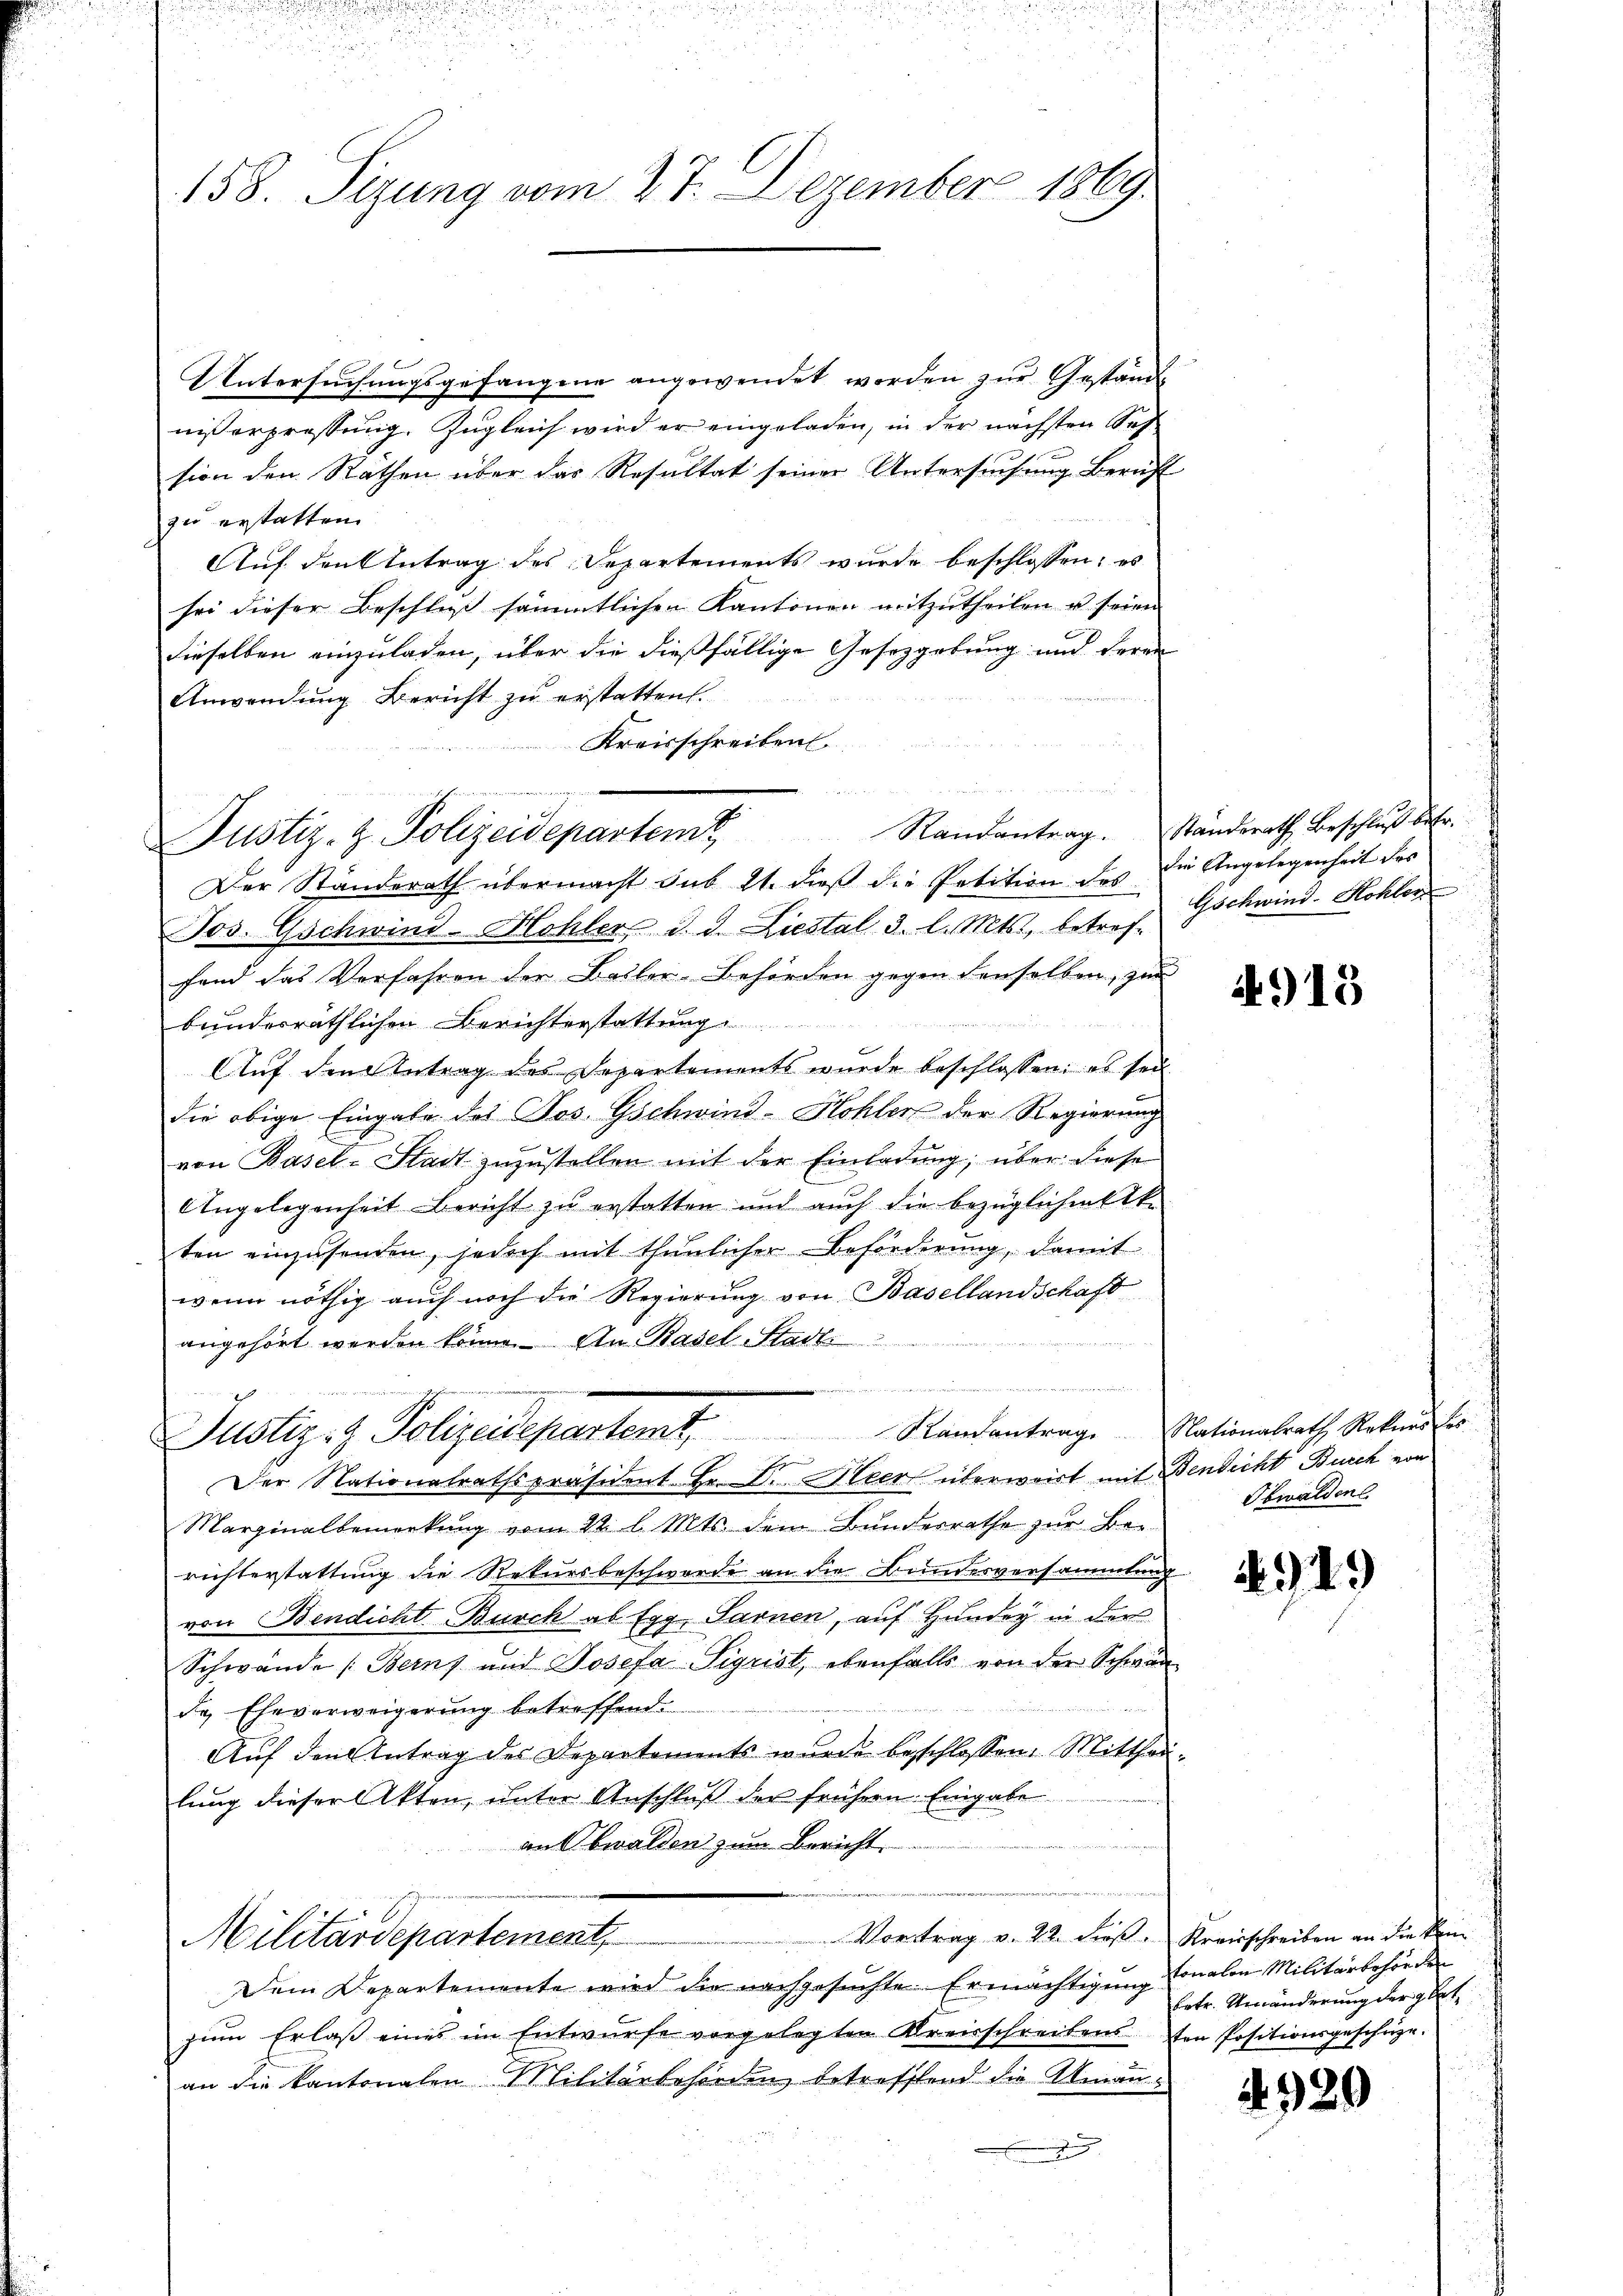
158. Sizung vom 27. Dezember 1869

Untersuchungsgefangene angewendet worden zur Gestand
nisserpressung. Zugleich wird er eingeladen, in der nächsten Soh
sion den Räthen über das Resultat seiner Untersuchung Bericht
zu erstatten.
Auf den Antrag des Departements wurde beschlossen; es
sei dieser Beschluß sämmtlichen Kantonen mitzutheilen u. seien
dieselben einzuladen, über die dießfällige Gesetzgebung und Herrn
Anwendung Bericht zu erstatten.
Kreisschreiben

Randantrag.
Justiz- & Polizeidepartent

Der Standerath übermacht sub 21. dieß die Petition des die Angelegenheit des
Jos. Gschwind-Hohler, J. J. Liestal. 3. l. Mts., betref-
fand das Verfahren der Baller-Behörden gegen denselben, zur
bundesräthlichen Berichterstattung
AAuf den Antrag des Departements wurde beschlossen: es sei
die obige Eingabe des Jos. Gschwind-Hohler der Regierung
von Basel-Stadt zuzustellen mit der Einladung, über diese
Angelegenheit Bericht zu erstatten und auch die bezüglichen Akten einzŭsenden, jedoch mit thŭnlicher Beförderung, damit
wenn nöthig auch noch die Regierung von Basellandschaft
angehört werden könne. An Basel-Stadt
Marginalbemerkung vom 22. l. Mts. dem Bunderrathe zur Be-
richterstattung die Rekursbeschwerde an die Bundesversammlung
von Bendicht Burch ab Egg Sarnen, auf Hundey in der
Schwände Berns und Josefa Sigrist, ebenfalls von der Schwan
de Eheverweigerung betreffend.
Auf den Antrag des Departements wurde beschlossen: Mittheillung dieser Akten, unter Anschluß der frühern. Eingabe
an Obwalden zum Bericht
Vortrag v. 22. dieß. Kreisschreiben an die kein
Militärdepartement,
Dem Departemente wird die nachgesuchte Ermächtigung sonalen Militärbehörden
zum Erlaβ eines im Entwürfe vorgelegten Kreisschreibensten Positionsgeschütze.
an die kantonalen Militärbehörden betreffend die Aman¬
.

Häge in der
Randantrag
Justiz- & Polizeidepartent.
s
Der Nationalrathspräsident. Hr. C. Hier überwart mit

Standsrath Beschluß betr.
Gschwind-Hohler

t

4915

Nationalrath Rekurs des
Bendicht Burch von
Obwalden

949

Betr. Umänderung der glat

4920